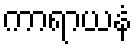
ကာရာယနံ